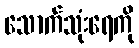
သောက်သုံးရေကို